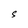
Character: S